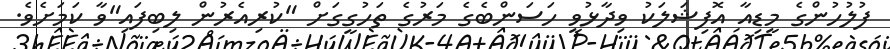
ފުލުހުންގެ މީޑިއާ އޮފިޝަލަކު ވިދާޅުވީ ހަސަންބެގެ މަރުގެ ތަހުގީގަށް "ކުރިއެރުން ލިބިފައި"ވާ ކަމަށެވެ.